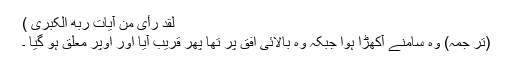
لَقَدْ رَأَی مِنْ آیَاتِ رَبِّھ الْکُبْرَی )
(تر جمہ) وہ سامنے آکھڑا ہوا جبکہ وہ بالائی افق پر تھا پھر قریب آیا اور اوپر معلق ہو گیا ۔